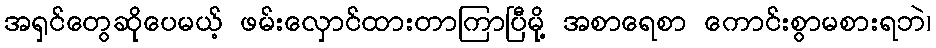
အရှင်တွေဆိုပေမယ့် ဖမ်းလှောင်ထားတာကြာပြီမို့ အစာရေစာ ကောင်းစွာမစားရဘဲ၊